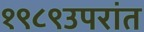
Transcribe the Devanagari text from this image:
१९८९उपरांत